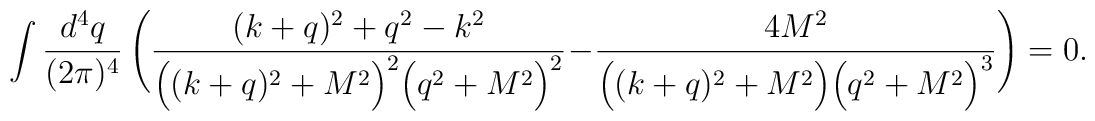
\int \frac{d^4q}{(2\pi)^4}\,\Bigg(\frac{(k+q)^2+q^2-k^2}{\Big((k+q)^2+M^2\Big)^2 \Big(q^2+M^2\Big)^2}- \frac{4 M^2}{\Big((k+q)^2+M^2\Big) \Big(q^2+M^2\Big)^3}\Bigg) = 0.